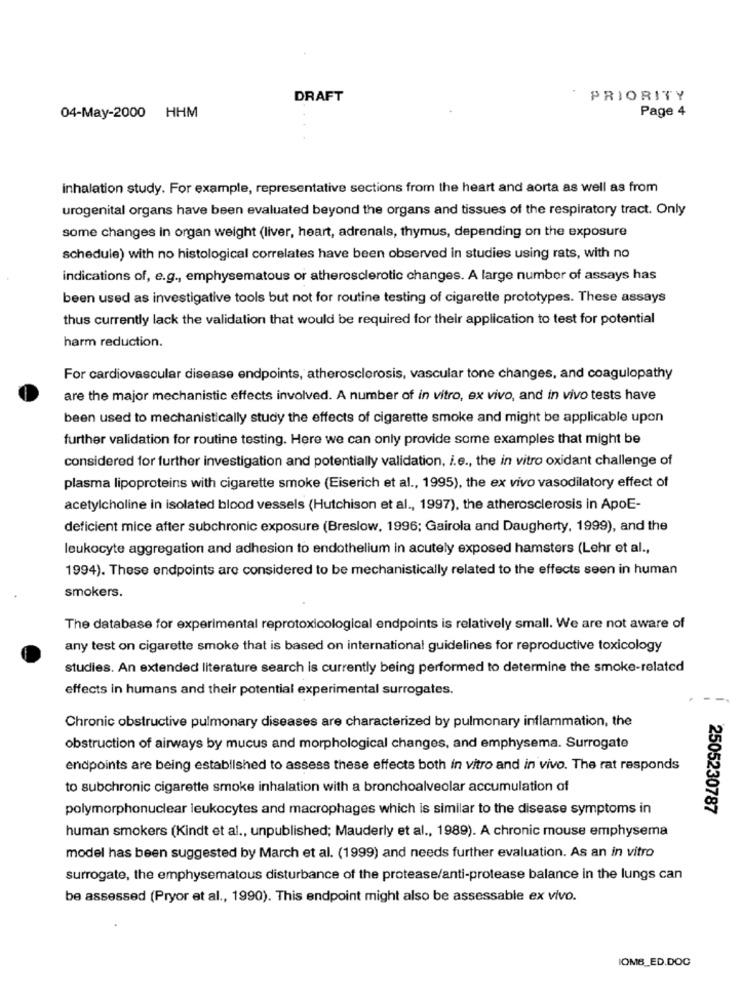
DRAFT
PRIORITY
04-May-2000 HHM
Page 4
inhalation study. For example, representative sections from the heart and aorta as well as from
urogenital organs have been evaluated beyond the organs and tissues of the respiratory tract. Only
some changes in organ weight (liver, heart, adrenals, thymus, depending on the exposure
schedule) with no histological correlates have been observed in studies using rats, with no
indications of, e.g ., emphysematous or atherosclerotic changes. A large number of assays has
been used as investigative tools but not for routine testing of cigarette prototypes. These assays
thus currently lack the validation that would be required for their application to test for potential
harm reduction.
For cardiovascular disease endpoints, atherosclerosis, vascular tone changes, and coagulopathy
are the major mechanistic effects involved. A number of in vitro, ex vivo, and in vivo tests have
been used to mechanistically study the effects of cigarette smoke and might be applicable upon
further validation for routine testing. Here we can only provide some examples that might be
considered for further investigation and potentially validation, i.e ., the in vitro oxidant challenge of
plasma lipoproteins with cigarette smoke (Eiserich et al ., 1995), the ex vivo vasodilatory effect of
acetylcholine in isolated blood vessels (Hutchison et al ., 1997), the atherosclerosis in ApoE-
deficient mice after subchronic exposure (Breslow, 1996; Gairola and Daugherty, 1999), and the
leukocyte aggregation and adhesion to endothelium in acutely exposed hamsters (Lehr et al .,
1994). These endpoints are considered to be mechanistically related to the effects seen in human
smokers.
The database for experimental reprotoxicological endpoints is relatively small. We are not aware of
any test on cigarette smoke that is based on international guidelines for reproductive toxicology
studies. An extended literature search is currently being performed to determine the smoke-related
effects in humans and their potential experimental surrogates.
Chronic obstructive pulmonary diseases are characterized by pulmonary inflammation, the
obstruction of airways by mucus and morphological changes, and emphysema. Surrogate
endpoints are being established to assess these effects both in vitro and in vivo. The rat responds
to subchronic cigarette smoke inhalation with a bronchoalveolar accumulation of
polymorphonuclear leukocytes and macrophages which is similar to the disease symptoms in
2505230787
human smokers (Kindt et al ., unpublished; Mauderly et al ., 1989). A chronic mouse emphysema
model has been suggested by March et al. (1999) and needs further evaluation. As an in vitro
surrogate, the emphysematous disturbance of the protease/anti-protease balance in the lungs can
be assessed (Pryor et al ., 1990). This endpoint might also be assessable ex vivo.
IOMB_ED.DOC